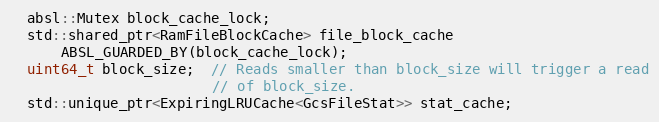
Language: C
  absl::Mutex block_cache_lock;
  std::shared_ptr<RamFileBlockCache> file_block_cache
      ABSL_GUARDED_BY(block_cache_lock);
  uint64_t block_size;  // Reads smaller than block_size will trigger a read
                        // of block_size.
  std::unique_ptr<ExpiringLRUCache<GcsFileStat>> stat_cache;